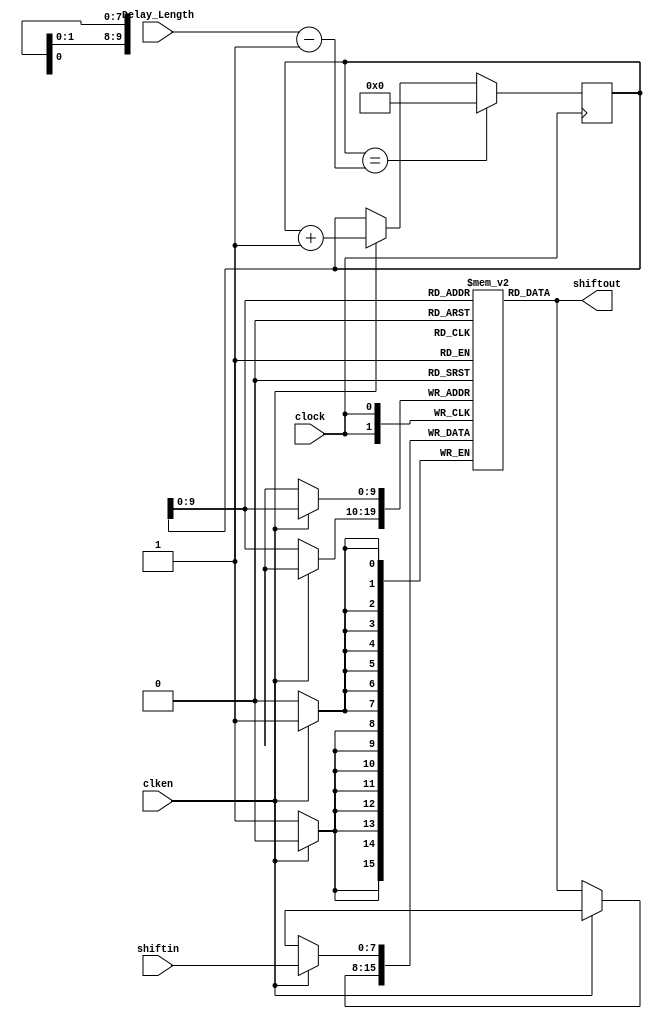
// This program was cloned from: https://github.com/Nitcloud/Digital-IDE
// License: GNU General Public License v3.0

`timescale 1 ns / 1 ns

module RAMshift_taps #(
	parameter TOTAL_RAM_Length = 640,
	parameter DATA_WIDTH = 8
) (
	input	  					  clken, 
	input	  					  clock,
	input	[31:0]                Delay_Length,
	input	[DATA_WIDTH - 1 : 0]  shiftin,
	output	[DATA_WIDTH - 1 : 0]  shiftout
);

reg  [31:0] RAM_CNT = 0;
reg	 [DATA_WIDTH - 1 : 0] ram_buf = 0;
reg	 [DATA_WIDTH - 1 : 0] shift_ram [TOTAL_RAM_Length - 1 : 0];

integer m;
initial begin
	for (m = 0; m<=TOTAL_RAM_Length; m=m+1) begin
		shift_ram[m] = 0;
	end    
end

always @(posedge clock) begin
    if (RAM_CNT == (Delay_Length - 1)) 
        RAM_CNT <= 0;
    else if (clken) 
        RAM_CNT <= RAM_CNT + 1;
	else
		RAM_CNT <= RAM_CNT;
end

always @(posedge clock) begin	
	if (clken) begin
		shift_ram[RAM_CNT] <= shiftin;
	end	
	else begin
		shift_ram[RAM_CNT] <= shift_ram[RAM_CNT];
	end
end

assign shiftout = shift_ram[RAM_CNT];

endmodule